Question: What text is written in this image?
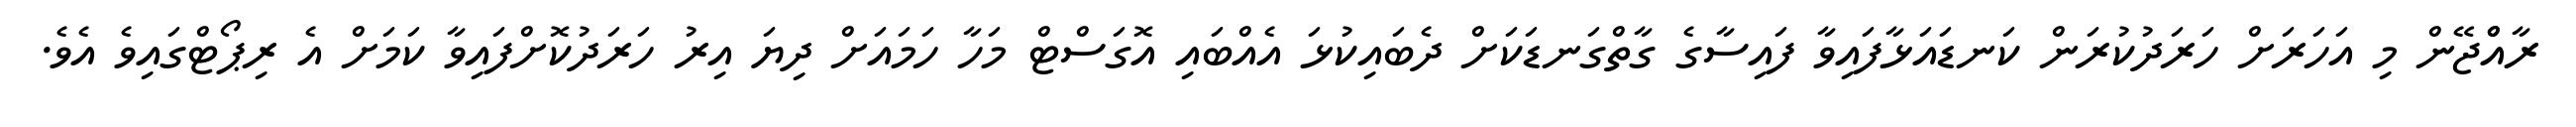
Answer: ރާއްްޖޭން މި އަހަރަށް ހަރަދުކުރަން ކަނޑައަޅާފައިވާ ފައިސާގެ ގާތްގަނޑަކަށް ދެބައިކުޅަ އެއްބައި އޮގަސްޓް މަހާ ހަމައަށް ދިޔަ އިރު ހަރަދުކޮށްފައިވާ ކަމަށް އެ ރިޕޯޓްގައިވެ އެވެ.